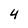
Character: 4